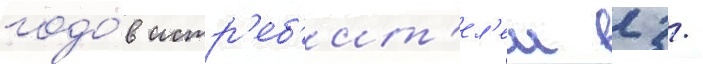
годо́в истр'еб'ит'ел'еи 2 /